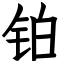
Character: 铂